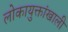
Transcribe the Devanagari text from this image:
लोकायुक्तांखाली